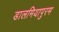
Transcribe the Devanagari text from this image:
डालमियापुरम